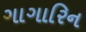
ગાગારિન